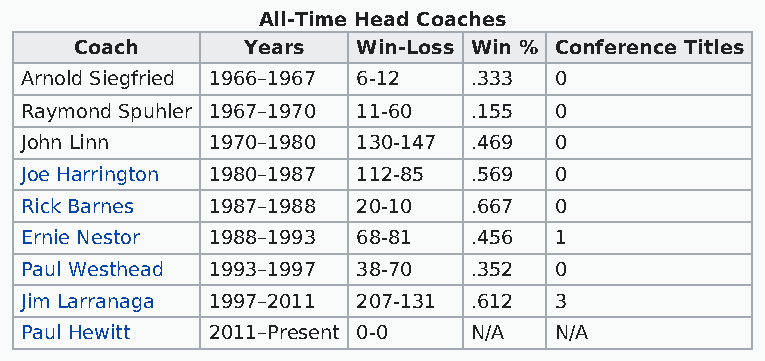
All-Time Head Coaches
 Coach      Years   Win-Loss Win % Conference Titles
 Arnold Siegfried 1966–1967 6-12 .333 0
 Raymond Spuhler 1967–1970 11-60 .155 0
 John Linn    1970–1980 130-147 .469 0
 Joe Harrington 1980–1987 112-85 .569 0
 Rick Barnes  1987–1988 20-10  .667  0
 Ernie Nestor 1988–1993 68-81  .456  1
 Paul Westhead 1993–1997 38-70 .352  0
 Jim Larranaga 1997–2011 207-131 .612 3
 Paul Hewitt  2011–Present 0-0 N/A   N/A